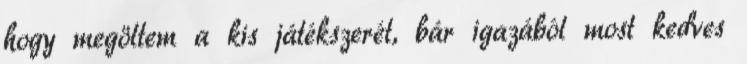
hogy megöltem a kis játékszerét, bár igazából most kedves